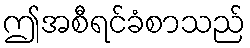
ဤအစီရင်ခံစာသည်